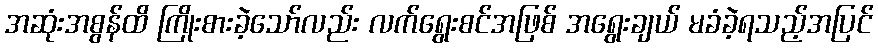
အဆုံးအစွန်ထိ ကြိုးစားခဲ့သော်လည်း လက်ရွေးစင်အဖြစ် အရွေးချယ် မခံခဲ့ရသည့်အပြင်